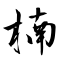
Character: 楠